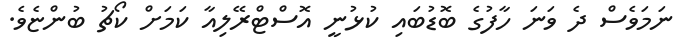
ނަމަވެސް ދެ ވަނަ ހާފުގެ ބޮޑުބައި ކުޅުނީ އޮސްޓްރޭލިއާ ކަމަށް ކޯޗު ބުންޏެވެ.